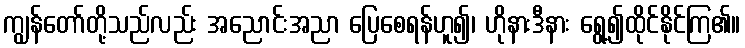
ကျွန်တော်တို့သည်လည်း အညောင်းအညာ ပြေစေရန်ဟူ၍၊ ဟိုနားဒီနား ရွေ့၍ထိုင်နိုင်ကြ၏။